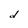
Character: d